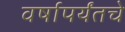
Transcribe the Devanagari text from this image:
वर्षापर्यंतचे